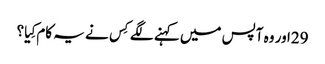
29اور وہ آپس میں کہنے لگے کِس نے یہ کام کِیا؟